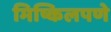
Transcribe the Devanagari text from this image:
मिष्किलपणे